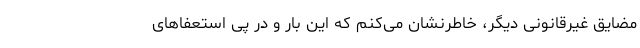
مضایق غیرقانونی دیگر، خاطرنشان می‌کنم که این بار و در پی استعفاهای